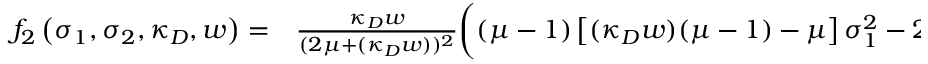
\begin{array} { r l } { f _ { 2 } \left( \sigma _ { 1 } , \sigma _ { 2 } , \kappa _ { D } , w \right) = } & { { } \frac { \kappa _ { D } w } { ( 2 \mu + ( \kappa _ { D } w ) ) ^ { 2 } } \bigg ( ( \mu - 1 ) \left[ ( \kappa _ { D } w ) ( \mu - 1 ) - \mu \right] \sigma _ { 1 } ^ { 2 } - 2 \mu ( ( \kappa _ { D } w ) + 1 ) ( \mu - 1 ) \sigma _ { 1 } \sigma _ { 2 } + } \end{array}